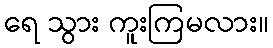
ရေ သွား ကူးကြမလား။